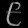
Digit: ၉